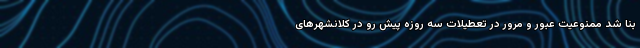
بنا شد ممنوعیت عبور و مرور در تعطیلات سه روزه پیش رو در کلانشهرهای